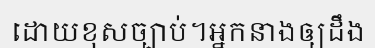
ដោយខុសច្បាប់។អ្នកនាងឲ្យដឹង